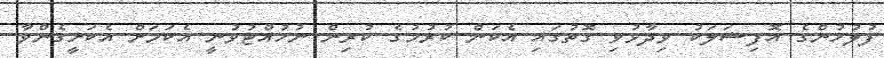
ފުލުހުންގެ އޮފިޝަލަކު ވިދާޅުވި ގޮތުގައި އެކަން ކުރުމުގެ ކުރިން ނުހުއްޓުވުނީ އެކަމަށް އެކަށީގެންވާ